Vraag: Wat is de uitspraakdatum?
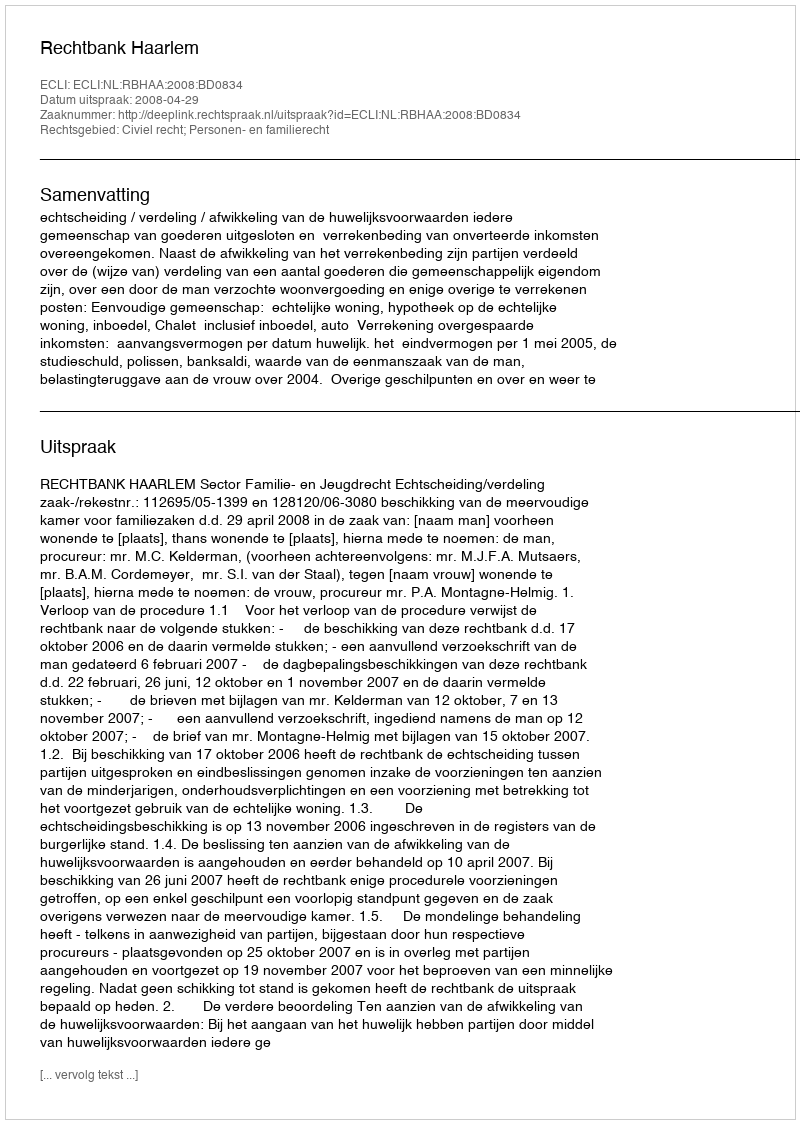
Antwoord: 2008-04-29